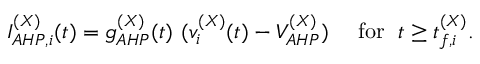
I _ { A H P , i } ^ { ( X ) } ( t ) = g _ { A H P } ^ { ( X ) } ( t ) ~ ( v _ { i } ^ { ( X ) } ( t ) - V _ { A H P } ^ { ( X ) } ) ~ ~ ~ \mathrm { ~ f o r ~ } \; t \ge t _ { f , i } ^ { ( X ) } .